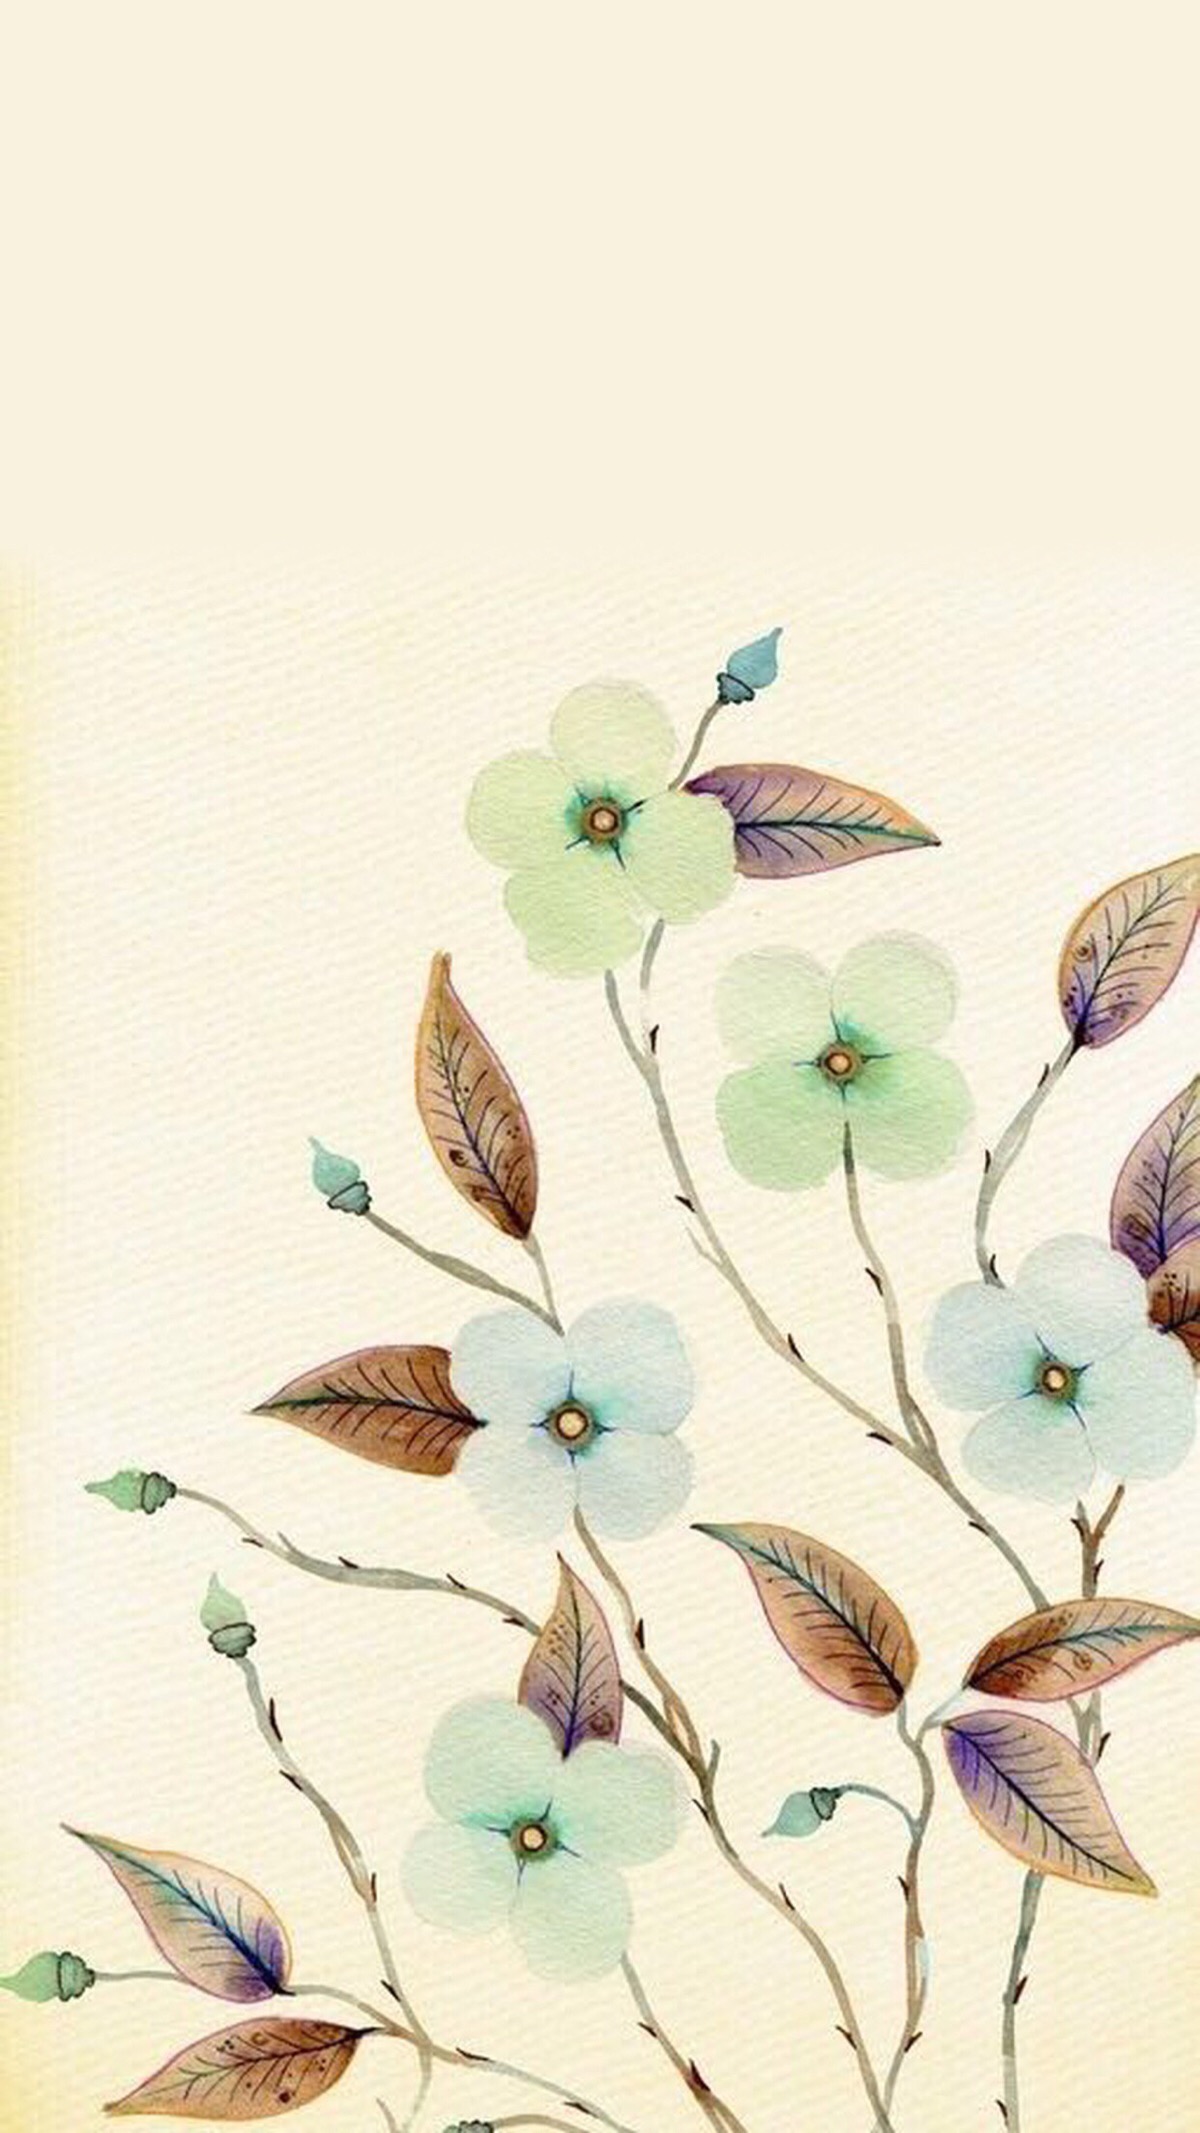
茂苑人归，秦楼燕宿，同惜天涯为旅。